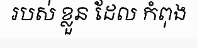
របស់ ខ្លួន ដែល កំពុង